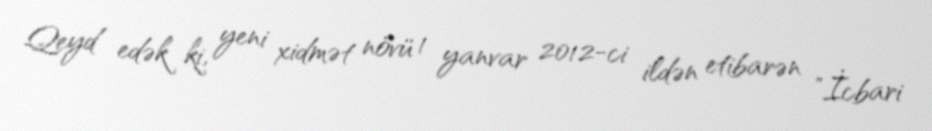
Qeyd edək ki, yeni xidmət növü 1 yanvar 2012-ci ildən etibarən "İcbari